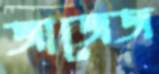
জাজেজ